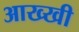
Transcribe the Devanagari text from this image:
आख्खी